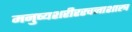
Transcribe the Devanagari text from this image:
मनुष्यशरीररचनाशास्त्र